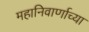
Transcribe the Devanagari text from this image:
महानिवार्णाच्या